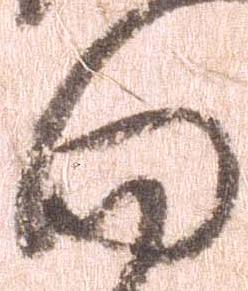
向